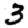
Digit: 3